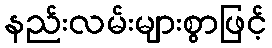
နည်းလမ်းများစွာဖြင့်